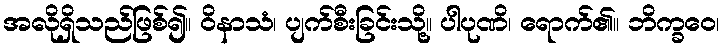
အလိုရှိသည်ဖြစ်၍။ ဝိနာသံ၊ ပျက်စီးခြင်းသို့။ ပါပုဏိ၊ ရောက်၏။ ဘိက္ခဝေ၊